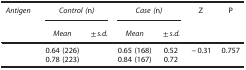
<table><thead><tr><td><b><i>Antigen</i></b></td><td colspan="2"><b><i>Control (</i>n<i>)</i></b></td><td colspan="2"><b><i>Case (</i>n<i>)</i></b></td><td><b>Z</b></td><td><b>P</b></td></tr><tr><td>[EMPTY_CELL]</td><td><b><i>Mean</i></b></td><td><b>±<i>s.d.</i></b></td><td><b><i>Mean</i></b></td><td><b>±<i>s.d.</i></b></td><td>[EMPTY_CELL]</td><td>[EMPTY_CELL]</td></tr></thead><tbody><tr><td>[EMPTY_CELL]</td><td>0.64 (226)</td><td>[EMPTY_CELL]</td><td>0.65 (168)</td><td>0.52</td><td>−0.31</td><td>0.757</td></tr><tr><td>[EMPTY_CELL]</td><td>0.78 (223)</td><td>[EMPTY_CELL]</td><td>0.84 (167)</td><td>0.72</td><td>[EMPTY_CELL]</td><td>[EMPTY_CELL]</td></tr></tbody></table>